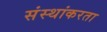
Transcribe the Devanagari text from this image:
संस्थांकरता